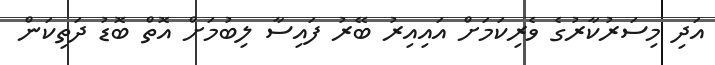
އަދި މިސަރުކާރުގެ ވެރިކަމަށް އައިއިރު ބޭރު ފައިސާ ލިބުމަށް އޮތް ބޮޑު ދަތިކަން